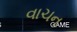
વાચન